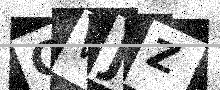
Text: OWJZ